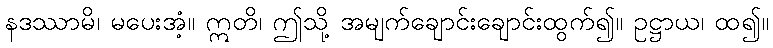
နဒဿာမိ၊ မပေးအံ့။ ဣတိ၊ ဤသို့ အမျက်ချောင်းချောင်းထွက်၍။ ဥဋ္ဌာယ၊ ထ၍။